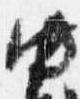
中